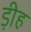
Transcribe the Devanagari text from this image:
ड़ीह